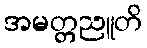
အမတ္တညူတိ